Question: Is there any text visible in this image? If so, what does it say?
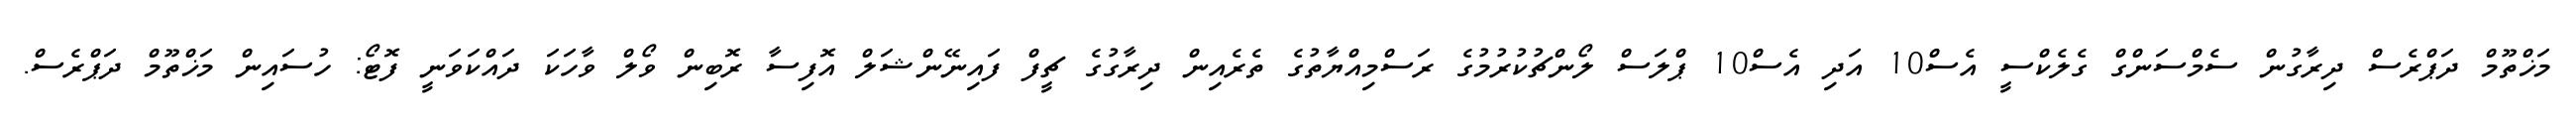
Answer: މަޚްތޫމް ދަޕްރެސް ދިރާގުން ސެމްސަންގް ގެލެކްސީ އެސް10 އަދި އެސް10 ޕްލަސް ލޯންޗުކުރުމުގެ ރަސްމިއްޔާތުގެ ތެރެއިން ދިރާގުގެ ޗީފް ފައިނޭންޝަލް އޮފިސާ ރޮބިން ވޯލް ވާހަކަ ދައްކަވަނީ ފޮޓޯ: ހުސައިން މަޚްތޫމް ދަޕްރެސް.